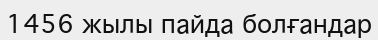
1456 жылы пайда болғандар